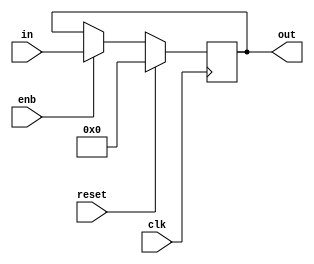
module register
#(parameter WIDTH=16)
(
 input signed [2*WIDTH+5:0] in,
 input clk,
 input reset,
 input enb,
 output reg signed [2*WIDTH+5:0] out
);

always@(posedge clk) 
begin : REGISTER
	if(reset == 1'b1)
		out <= 0;
	else if(enb == 1'b1)
		out <= in;
	else
		out <= out;

end

endmodule